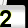
Digit: 2